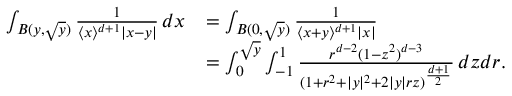
\begin{array} { r l } { \int _ { B ( y , \sqrt { y } ) } \frac { 1 } { \langle x \rangle ^ { d + 1 } | x - y | } \, d x } & { = \int _ { B ( 0 , \sqrt { y } ) } \frac { 1 } { \langle x + y \rangle ^ { d + 1 } | x | } } \\ & { = \int _ { 0 } ^ { \sqrt { y } } \int _ { - 1 } ^ { 1 } \frac { r ^ { d - 2 } ( 1 - z ^ { 2 } ) ^ { d - 3 } } { ( 1 + r ^ { 2 } + | y | ^ { 2 } + 2 | y | r z ) ^ { \frac { d + 1 } { 2 } } } \, d z d r . } \end{array}